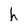
Character: h